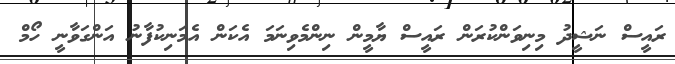
ރައީސް ނަޝީދު މިނިވަންކުރަން ރައީސް ޔާމީން ނިންމެވިނަމަ އެކަން އެމަނިކުފާނު އަންގަވާނީ ހޯމް